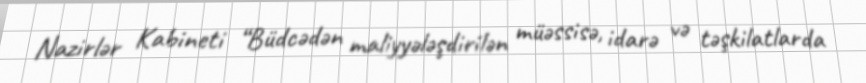
Nazirlər Kabineti “Büdcədən maliyyələşdirilən müəssisə, idarə və təşkilatlarda